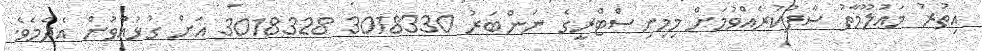
އިތުރު މަޢުލޫމާތު ސާފުކުރެއްވުމަށް މިމިނިސްޓްރީގެ ނަންބަރު 3018330 3018328 އަށް ގުޅުއްވުން އެދެމެވެ.